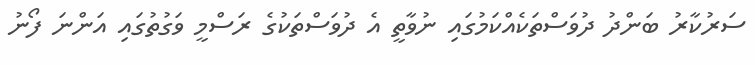
ސަރުކާރު ބަންދު ދުވަސްތަކެއްކަމުގައި ނުވާތީ އެ ދުވަސްތަކުގެ ރަސްމީ ވަގުތުގައި އަންނަ ފޯނު